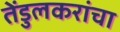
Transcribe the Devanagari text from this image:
तेंडुलकरांचा